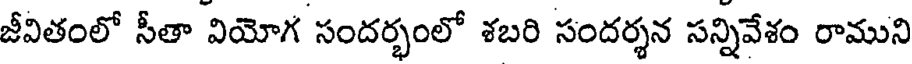
జీవితంలో సీతా వియోగ సందర్భంలో శబరి సందర్శన సన్నివేశం రాముని